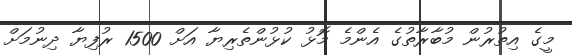
މީގެ އިތުރުން މުބާރާތުގެ އެންމެ މޮޅު ކުޅުންތެރިޔާ އަށް 1500 ރުފިޔާ ދިނުމަށް